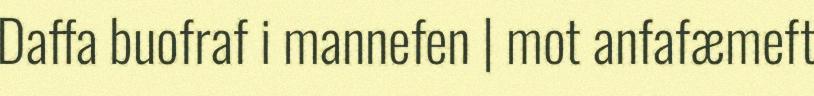
Daffa buofraf i mannefen | mot anfafæmeft